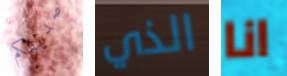
صديقكم الذي انا